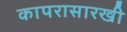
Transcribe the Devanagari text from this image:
कापरासारखी